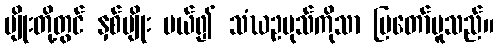
မျိုးတို့တွင် နှစ်မျိုး ပယ်၍ သံဃဥပုသ်ကိုသာ ပြတော်မူသည်။